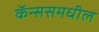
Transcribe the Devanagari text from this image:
कॅन्ससमधील